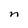
Character: n